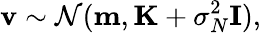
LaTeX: \mathbf{v}\sim\mathcal{N}({\mathbf{m}},{\mathbf{K}}+\sigma_{N}^{2}{\mathbf{I}}),